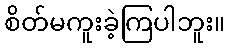
စိတ်မကူးခဲ့ကြပါဘူး။